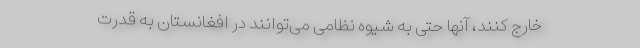
خارج کنند، آنها حتی به شیوه نظامی می‌توانند در افغانستان به قدرت